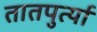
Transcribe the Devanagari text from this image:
तातपुर्त्या